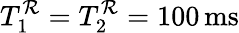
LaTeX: T_{1}^{\mathcal{R}}=T_{2}^{\mathcal{R}}=100\, \mathrm{{ms}}